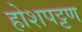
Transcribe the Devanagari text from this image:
होशपट्टण